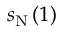
s _ { \mathrm { N } } \, ( 1 )